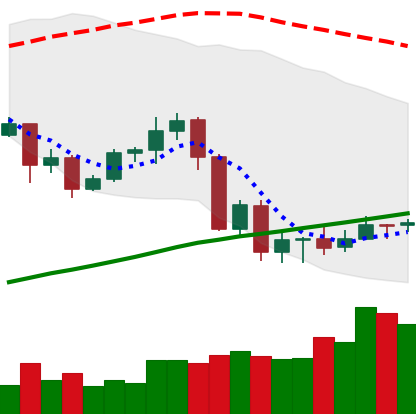
Ticker: ADA-USD
Chart end date: 2020-09-12
Forward return: -3.464%
Label: down_3_5